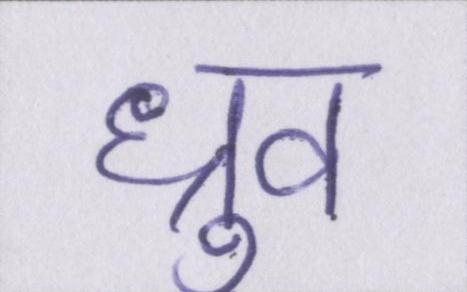
ध्रुव